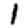
Digit: 1